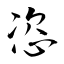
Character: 恣